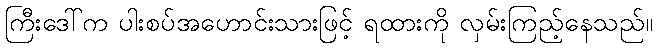
ကြီးဒေါ်က ပါးစပ်အဟောင်းသားဖြင့် ရထားကို လှမ်းကြည့်နေသည်။